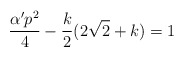
\begin{align*}\frac{\alpha ' p^{2}}{4} -\frac{k}{2} (2\sqrt{2} +k) = 1 \end{align*}